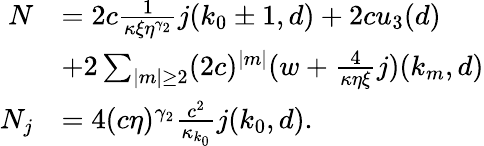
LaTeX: \begin{array}{rl}{N}&{=2c\frac 1{\kappa\xi\eta^{\gamma_{2}}}j(k_{0}\pm 1,d)+2cu_{3}(d)}\\ &{+2\sum_{\vert m\vert\ge 2}(2c)^{\vert m\vert}(w+\frac 4{\kappa\eta\xi}j)(k_{m},d)}\\ {N_{j}}&{=4(c\eta)^{\gamma_{2}}\frac{c^{2}}{\kappa_{k_{0}}}j(k_{0},d).}\end{array}